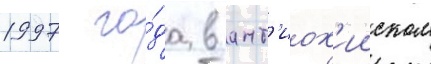
1997 го́да в ант'иох'ииском